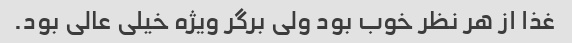
غذا از هر نظر خوب بود ولی برگر ویژه خیلی عالی بود.